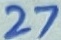
Text: 27